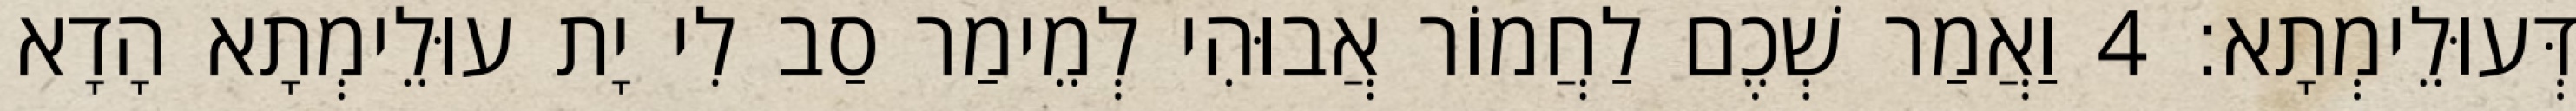
דְּעוּלֵימְתָא׃ 4 וַאֲמַר שְׁכֶם לַחֲמוֹר אֲבוּהִי לְמֵימַר סַב לִי יָת עוּלֵימְתָא הָדָא